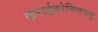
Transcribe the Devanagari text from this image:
कराईकोविलपत्तू